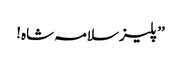
’’پلیز سلامہ شاہ!